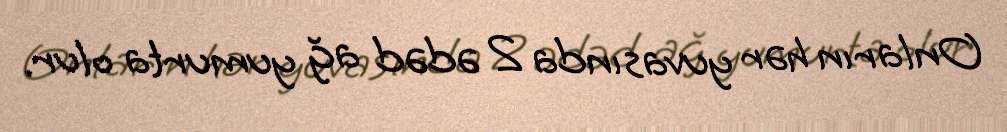
Onların hər yuvasında 2 ədəd ağ yumurta olur.